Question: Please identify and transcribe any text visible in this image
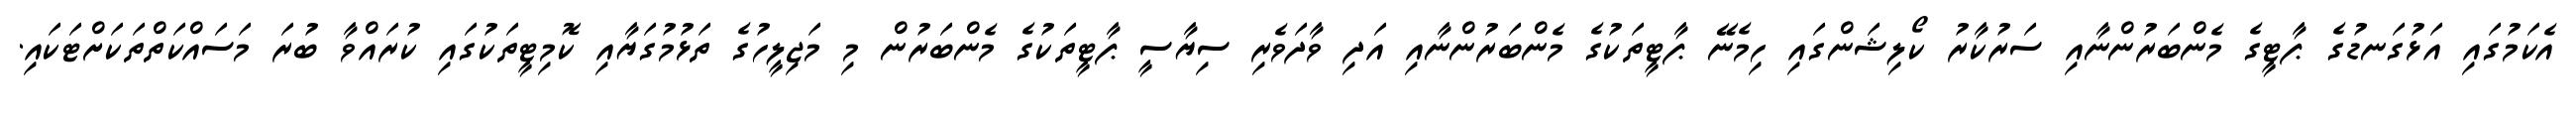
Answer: އެކަމުގައި އަޅުގަނޑުގެ ޕާޓީގެ މެންބަރުންނާއި ސަރުކާރު ކޯލިޝަންގައި ހިމެނޭ ޕާޓީތަކުގެ މެންބަރުންނާއި އަދި ވާދަވެރި ސިޔާސީ ޕާޓީތަކުގެ މެންބަރުން މި މަޖިލީހުގެ ތަޅުމުގަޔާއި ކޮމިޓީތަކުގައި ކުރައްވާ ބުރަ މަސައްކަތްތަކަށްޓަކައި.